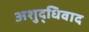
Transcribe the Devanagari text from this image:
अशुद्धिवाद